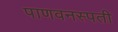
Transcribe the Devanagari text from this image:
पाणवनस्पती